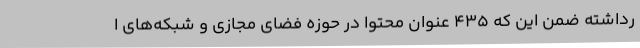
رداشته ضمن این که 435 عنوان محتوا در حوزه فضای مجازی و شبکه‌های ا